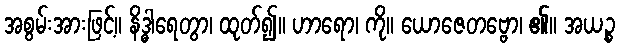
အစွမ်းအားဖြင့်။ နိဒ္ဓါရေတွာ၊ ထုတ်၍။ ဟာရော၊ ကို။ ယောဇေတဗ္ဗော၊ ၏။ အယဉ္စ